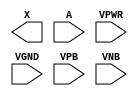
module sky130_fd_sc_hd__clkdlybuf4s50 (
    X   ,
    A   ,
    VPWR,
    VGND,
    VPB ,
    VNB
);

    output X   ;
    input  A   ;
    input  VPWR;
    input  VGND;
    input  VPB ;
    input  VNB ;
endmodule